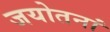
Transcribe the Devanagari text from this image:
जयोतनां